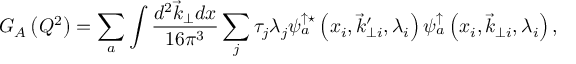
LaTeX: G _ { A } \left( Q ^ { 2 } \right) = \sum _ { a } \int \frac { d ^ { 2 } \vec { k } _ { \perp } d x } { 1 6 \pi ^ { 3 } } \sum _ { j } \tau _ { j } \lambda _ { j } \psi _ { a } ^ { \uparrow \star } \left( x _ { i } , \vec { k } _ { \perp i } ^ { \prime } , \lambda _ { i } \right) \psi _ { a } ^ { \uparrow } \left( x _ { i } , \vec { k } _ { \perp i } , \lambda _ { i } \right) ,